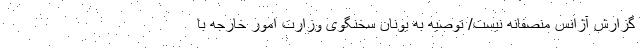
گزارش آژانس منصفانه نیست/ توصیه به یونان سخنگوی وزارت امور خارجه با